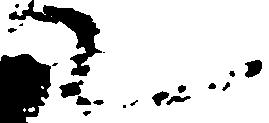
て